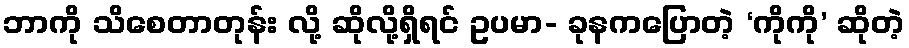
ဘာကို သိစေတာတုန်း လို့ ဆိုလို့ရှိရင် ဥပမာ- ခုနကပြောတဲ့ ‘ကိုကို’ ဆိုတဲ့